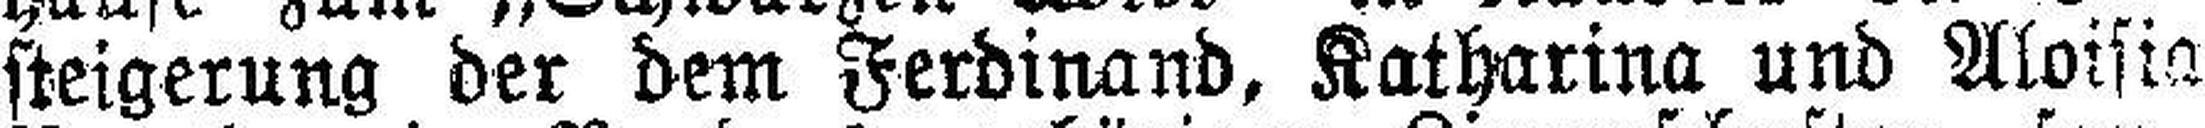
steigerung der dem Ferdinand, Katharina und Aloisia